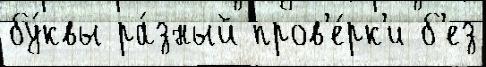
бу́квы ра́зный пров'е́рк'и б'ез